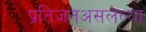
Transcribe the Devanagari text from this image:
प्रतिजनअसलेल्या